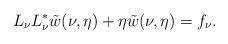
LaTeX: \begin{align*} L_\nu L_\nu^* \tilde w(\nu, \eta)+ \eta \tilde w(\nu, \eta) = f_\nu. \end{align*}